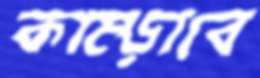
কাম্‌ড়াবে